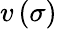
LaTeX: v\left(\sigma\right)